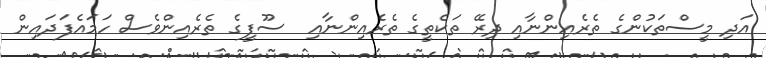
އަދި މީސްތަކުންގެ ތެރެއިންނާއި ދިރޭ ތަކެތީގެ ތެރެއިންނާއި  ސޫފީގެ ތެރެއިންވެސް ހަމައެފަދައިން